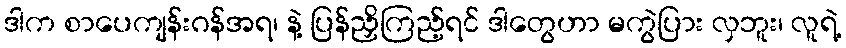
ဒါက စာပေကျန်းဂန်အရ၊ နဲ့ ပြန်ညှိကြည့်ရင် ဒါတွေဟာ မကွဲပြား လှဘူး၊ လူရဲ့